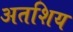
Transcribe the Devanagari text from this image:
अतशिय